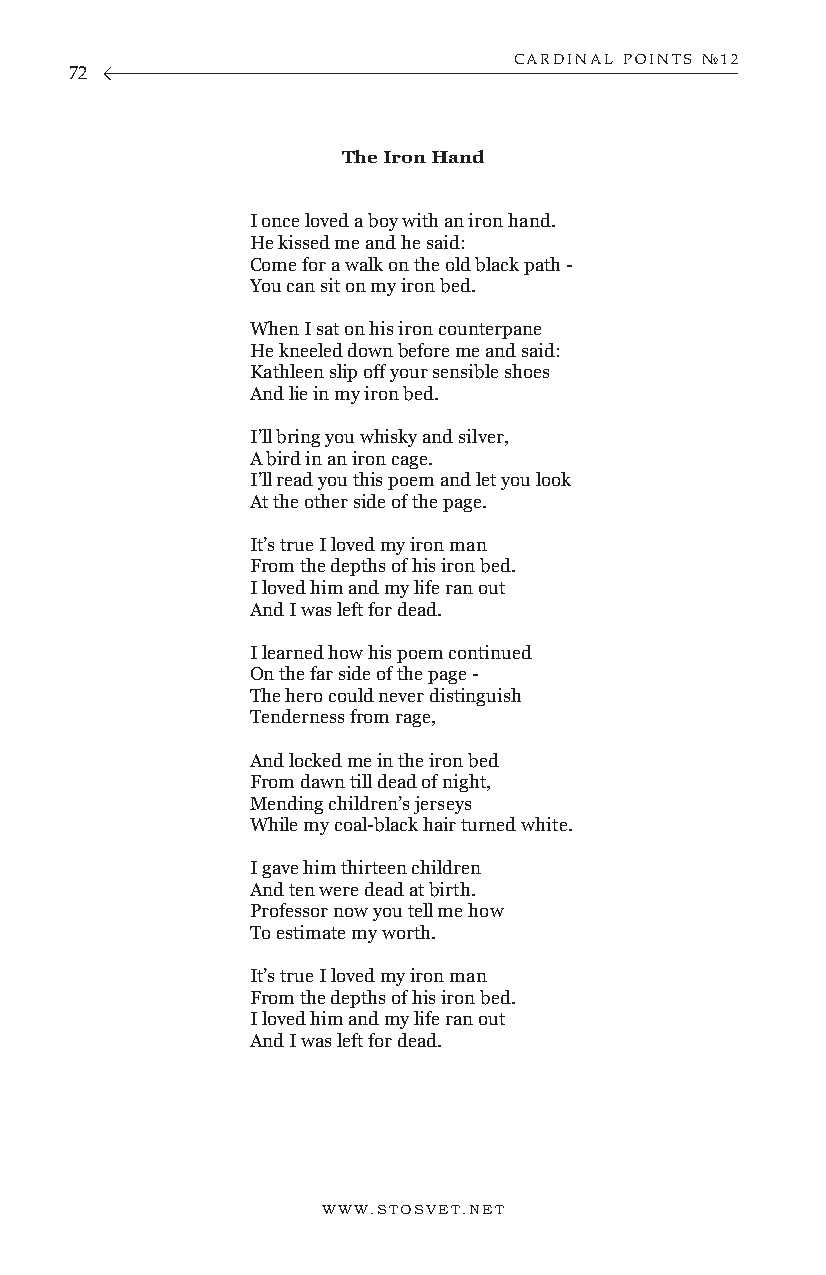
CARDINAL POINTS №12
 72
 The Iron Hand
 I once loved a boy with an iron hand.
 He kissed me and he said:
 Come for a walk on the old black path -
 You can sit on my iron bed.
 When I sat on his iron counterpane
 He kneeled down before me and said:
 Kathleen slip off your sensible shoes
 And lie in my iron bed.
 I’ll bring you whisky and silver,
 A bird in an iron cage.
 I’ll read you this poem and let you look
 At the other side of the page.
 It’s true I loved my iron man
 From the depths of his iron bed.
 I loved him and my life ran out
 And I was left for dead.
 I learned how his poem continued
 On the far side of the page -
 The hero could never distinguish
 Tenderness from rage,
 And locked me in the iron bed
 From dawn till dead of night,
 Mending children’s jerseys
 While my coal-black hair turned white.
 I gave him thirteen children
 And ten were dead at birth.
 Professor now you tell me how
 To estimate my worth.
 It’s true I loved my iron man
 From the depths of his iron bed.
 I loved him and my life ran out
 And I was left for dead.
 WWW.STOSVET.NET                                        WWW.STOSVET.NET